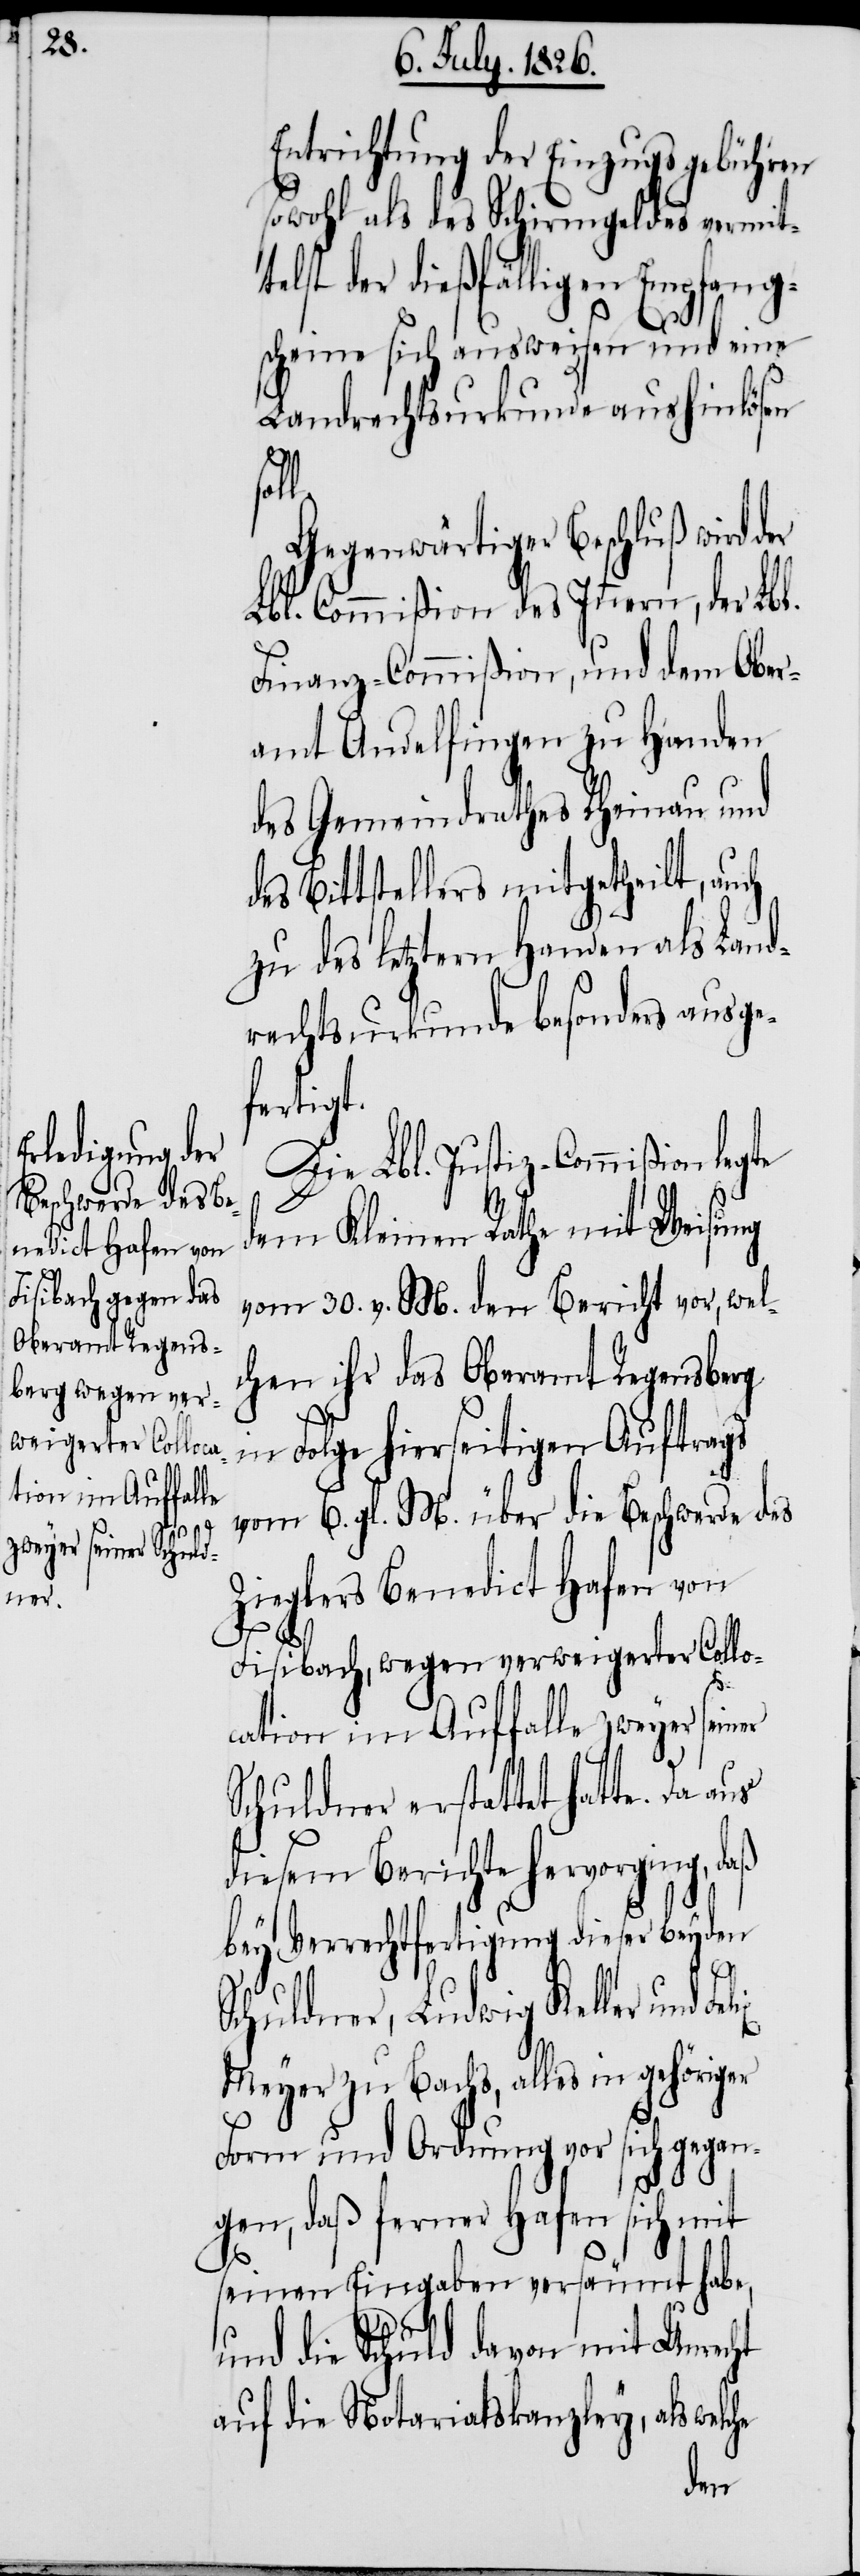
aß
er

richtung der Einzugsgebühren
sowohl als des Schirmgeldes vermit¬
telst der dießfälligen Empfang¬
scheine sich ausweisen und eine
Landrechtsurkunde aushinlösen
l.
Gegenwärtiger Beschluß wird der
Lbl. Commißion des Innern, der Lbl.
Finanz-Commißion, und dem Ober¬
amt Andelfingen zu Handen
des Gemeindrathes Rheinau und
des Bittstellers mitgetheilt, auch
zu des letztern Handen als Land¬
rechtsurkunde besonders ausge¬
fertigt.
Die Lbl. Justiz-Commißion legte
dem Kleinen Rathe mit Weisung
vom 30. v. M. den Bericht vor, wel¬
chen ihr das Oberamt Regensberg
in Folge hierseitigen Auftrags
vom 6. gl. M. über die Beschwerde des
Zieglers Benedict Hafen von
Fisibach, wegen verweigerter Collo¬
cation im Auffalle zweyer sein¬
Schuldner erstattet hatte. Da
diesem Berichte hervorging, d¬
bey Verrechtfertigung dieser beyden
Schuldner, Ludwig Keller und
Meyer zu Bachs, alles in gehöriger
Form und Ordnung vor sich gegan¬
gen, daß ferner Hafen sich mit
seinen Eingaben versäumt habe,
und die Schuld davon mit Unrecht
auf die Notariatskanzley, als welc¬
he